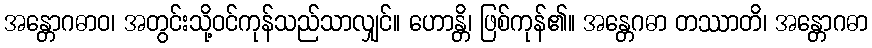
အန္တောဂဓာဝ၊ အတွင်းသို့ဝင်ကုန်သည်သာလျှင်။ ဟောန္တိ၊ ဖြစ်ကုန်၏။ အန္တေဂဓာ တဿာတိ၊ အန္တောဂဓာ